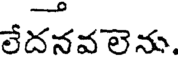
లేదనవలెను.